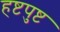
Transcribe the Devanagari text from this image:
हष्टपुष्ट